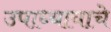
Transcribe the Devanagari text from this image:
उपाध्यायाचे